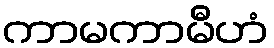
ကာမကာမီဟံ